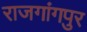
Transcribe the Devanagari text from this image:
राजगांगपुर